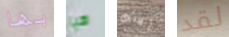
بها هيا إيقافك لقد